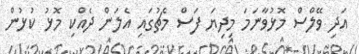
އަދި ވޭލްސް މޮޅުވާނަަމަ މިދިޔަ ފަސް މެޗުގައި އެލަން ދެއްކި މޮޅު ކުޅުން